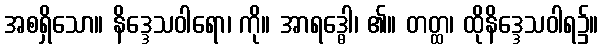
အစရှိသော။ နိဒ္ဒေသဝါရော၊ ကို။ အာရဒ္ဓေါ၊ ၏။ တတ္ထ၊ ထိုနိဒ္ဒေသဝါရ၌။